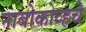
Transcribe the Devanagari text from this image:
नाबोकोव्हचे